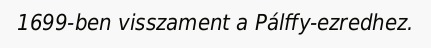
1699-ben visszament a Pálffy-ezredhez.